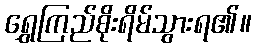
ရွှေကြည်စိုးရိမ်သွားရ၏။